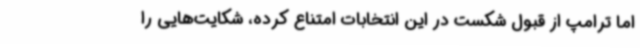
اما ترامپ از قبول شکست در این انتخابات امتناع کرده، شکایت‌هایی را